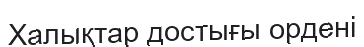
Халықтар достығы ордені